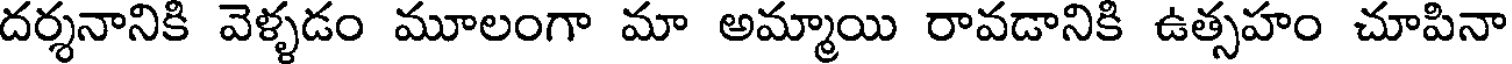
దర్శనానికి వెళ్ళడం మూలంగా మా అమ్మాయి రావడానికి ఉత్సహం చూపినా